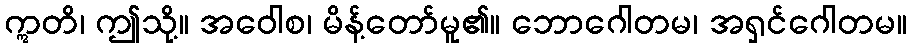
ဣတိ၊ ဤသို့။ အဝေါစ၊ မိန့်တော်မူ၏။ ဘောဂေါတမ၊ အရှင်ဂေါတမ။